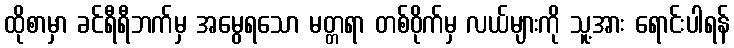
ထိုစာမှာ ခင်ရီရီဘက်မှ အမွေရသော မတ္တရာ တစ်ဝိုက်မှ လယ်များကို သူ့အား ရောင်းပါရန်